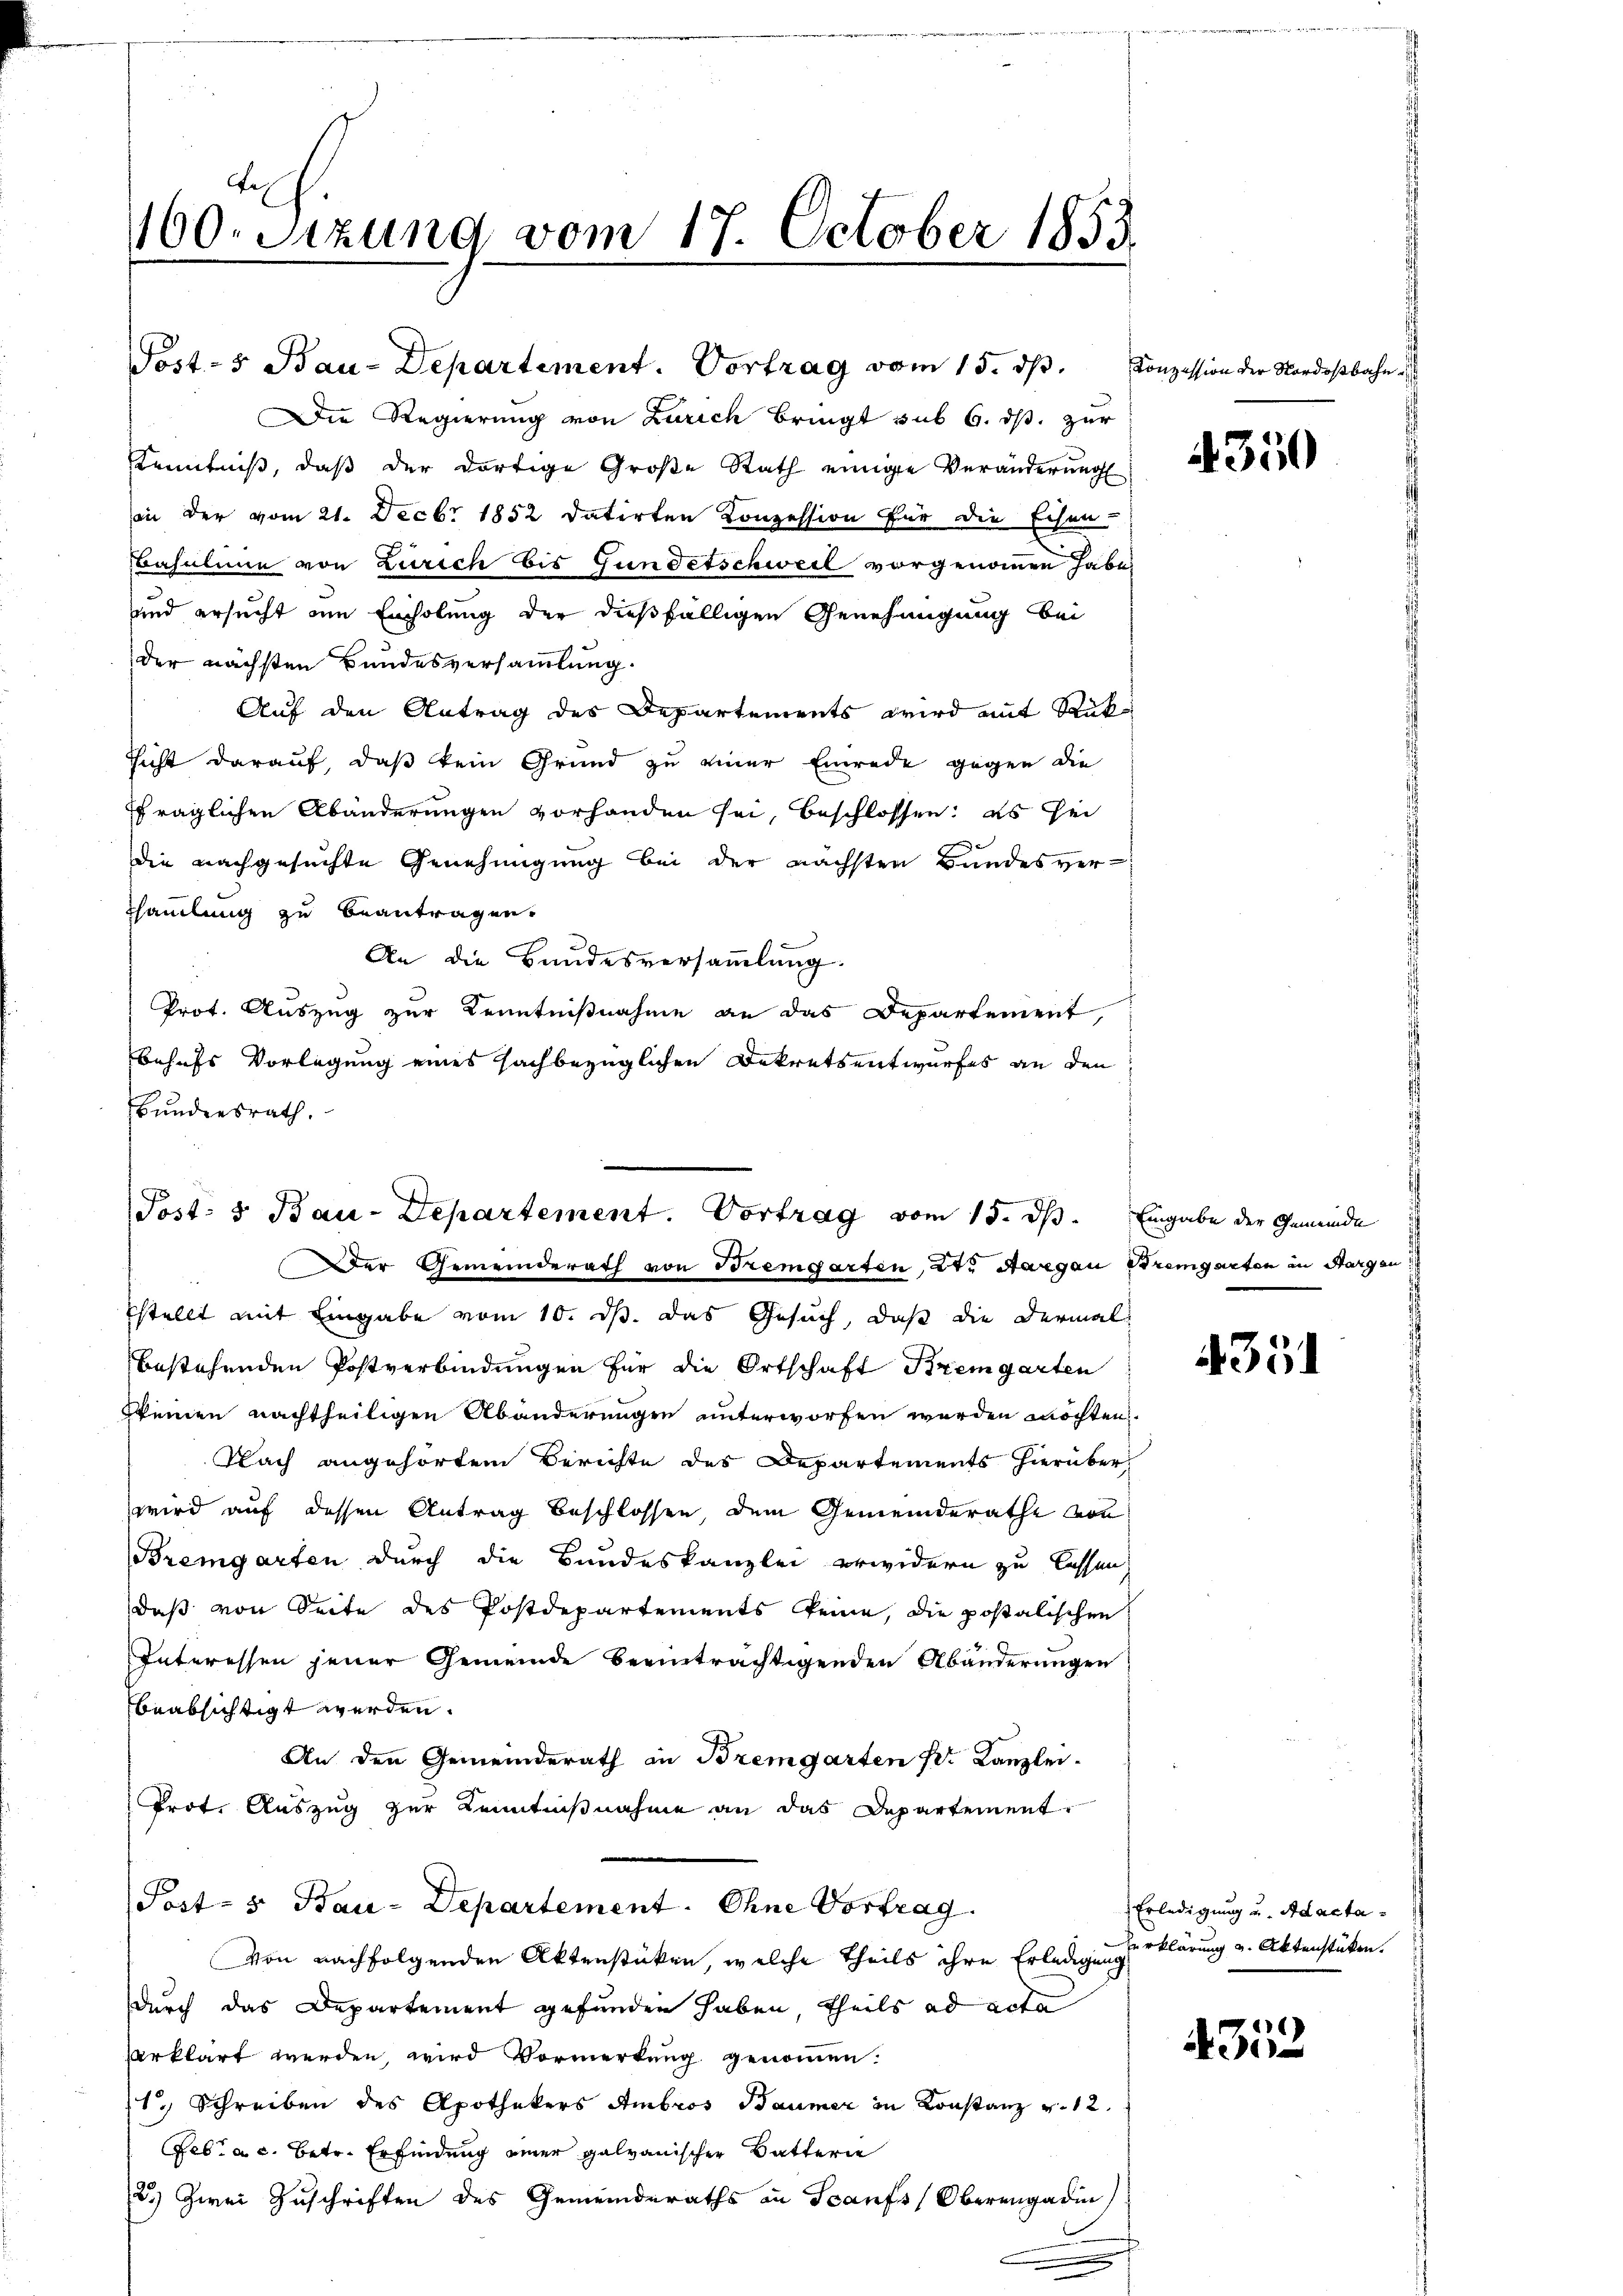
e
160. Sizung vom 17. October 1853

Post-s Bau-Departement. Vortrag vom 15. dβ. Conzession der Nordostbahn-

Die Regierung von Zürich bringt sub 6. ds. zur
Kenntniß, daß der dortige Große Rath einige Veränderung
in der vom 21. Decbr 1852 datirten Konzession für die Echen
Basuline von Zürich bis Gundetschweil vorgenommen habe,
und ersucht im Einholung der dießfälligen Genehmigung bei
der nächsten Bundesversammlung.
Auf den Antrag des Departements wird mit Rük¬
Thicht darauf, daß kein Grund zu einer Einrede gegen die
ffraglichen Abänderungen vorhanden sei, beschlossen: es sei
die nachgesuchte Genehmigung bei der nächsten Bundesver-
Samlung zu beantragen.
An die Bandesversammlung.
Prot. Auszug zur Kenntnißnahme an das Departement,
behufs Vorlegung eines sachbezüglichen Dekretsentwurfes an den
bundesrath.
sstellt mit Eingabe vom 10. ds. das Gesuch, daß die dermal
bestehenden Postverbindungen für die Ortschaft Bremgarten
keinen nachtheiligen Abänderungen unterworfen werden möchten
Nach angehörtem Berichte des Departements hierüber
wird auf dessen Antrag beschlossen, dem Gemeinderathe von
Bremgarten durch die Bundeskanzlei erwidern zu lassen,
daß von Seite des Postdepartements keine, die postalischen
Interessen jener Gemeinde beeinträchtigenden Abänderungen
beabsichtigt werden.
An den Gemeinderath in Bremgarten Dr. Kanzlei-
Prot. Auszug zur Kenntniβnahme an das Departement.
Post- & Bau-Departement. Ohne Vortrag
Von nachfolgenden Aktenstücken, welche Theils ihre Erledigung erklärung u. Aktenstüken.
durch das Departement gefunden haben, theils ad acta
erklärt werden, wird Vormerkung genommen:
1.) Schreiben des Apothekers Ambros Baumer in Konstanz v. 12.
Febr. a. c. betr. Erfindung einer galvanischer Satterie
2.) Zwei Zuschriften des Gemeinderaths in Scanfs (Oberengadin

Der Gemeinderath von Bremgarten, St. Aargau Bremgarten in Horgen

Post- & Bau-Departement. Vortrag vom 15. d. Eingabe der Gemeinde

4350

4351

Erledigung u. Ad acta¬

.
e